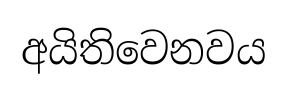
අයිතිවෙනවය